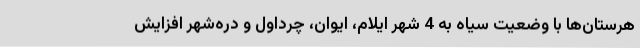
هرستان‌ها با وضعیت سیاه به 4 شهر ایلام، ایوان، چرداول و دره‌شهر افزایش